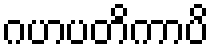
ဂဟပတိကာပိ